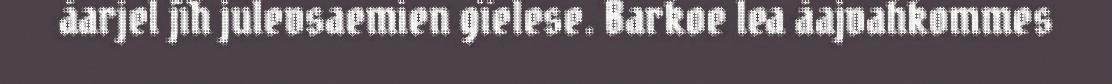
åarjel jïh julevsaemien gïelese. Barkoe lea åajvahkommes